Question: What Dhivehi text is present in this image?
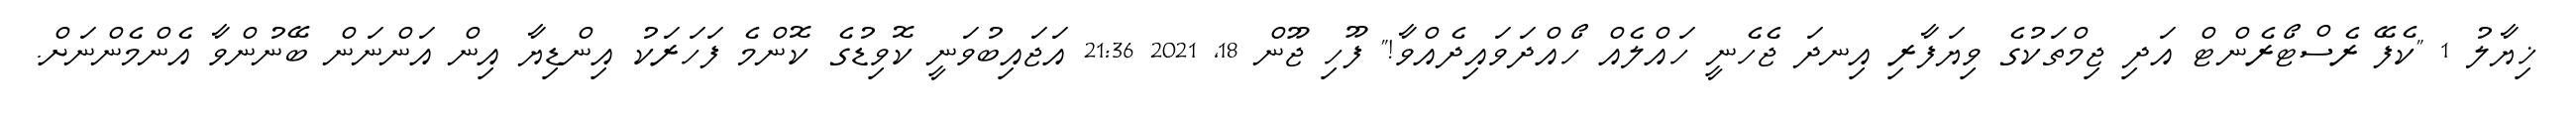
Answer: ޚިޔާލު 1 "ކެފޭ ރެސްޓޯރެންޓް އަދި ޖިމްތަކުގެ ވިޔަފާރި އިނދަ ޖެހެނީ ހައްލެއް ހޯއްދަވައިދެއްވާ!" ފޫހި ޖޫން 18, 2021 21:36 އަޖައިބުވަނީ ކޮވިޑުގެ ކޮންމެ ފަހަރަކު އިންޑިޔާ އިން އަންނަން ބޭނުންވާ އެންމެންނަށް.